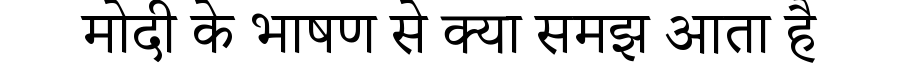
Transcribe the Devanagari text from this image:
मोदी के भाषण से क्या समझ आता है